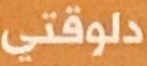
دلوقتى